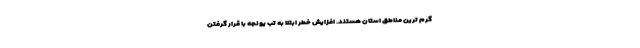
گرم ترین مناطق استان هستند. افزایش خطر ابتلا به تب یونجه با قرار گرفتن